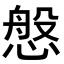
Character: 𢟁